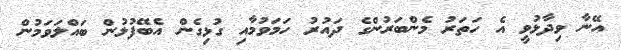
އޭނާ ވިދާޅުވީ އެ ހަތަރު މެންބަރުންގެ ދައުރު ހަމަވުމާއި ގުޅިގެން އެބޭފުޅުން ބައްލަވަމުން